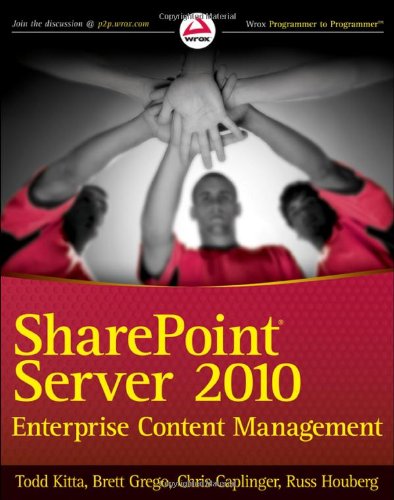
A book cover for SharePoint Server 2010 Enterprise Content Management; Todd Kitta; Computers & Technology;